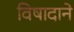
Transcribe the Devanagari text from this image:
विषादाने